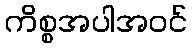
ကိစ္စအပါအဝင်